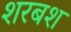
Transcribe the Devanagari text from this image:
शरबश